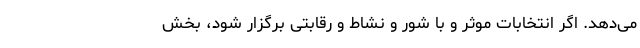
می‌دهد. اگر انتخابات موثر و با شور و نشاط و رقابتی برگزار شود، بخش